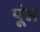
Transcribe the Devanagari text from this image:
पूंस